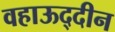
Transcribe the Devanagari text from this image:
वहाऊद्दीन